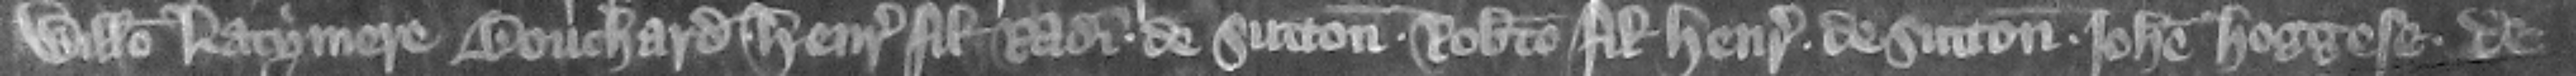
Willelmo Latymere Bouchard Henrico filio Radulfi de Sutton Roberto filio Henrici de Sutton Johanne Hoggese de